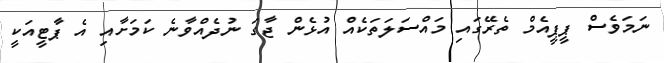
ނަމަވެސް ޕީޕީއެމް ތެރޭގައި މައްސަލަތަކެއް އުޅެން ޖާގަ ނުދެއްވާނެ ކަމަށާއި އެ ޕާޓީއަކީ